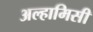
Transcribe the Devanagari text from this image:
अल्हामिसी